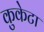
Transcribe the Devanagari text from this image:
कुकेटा